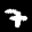
Label: 7